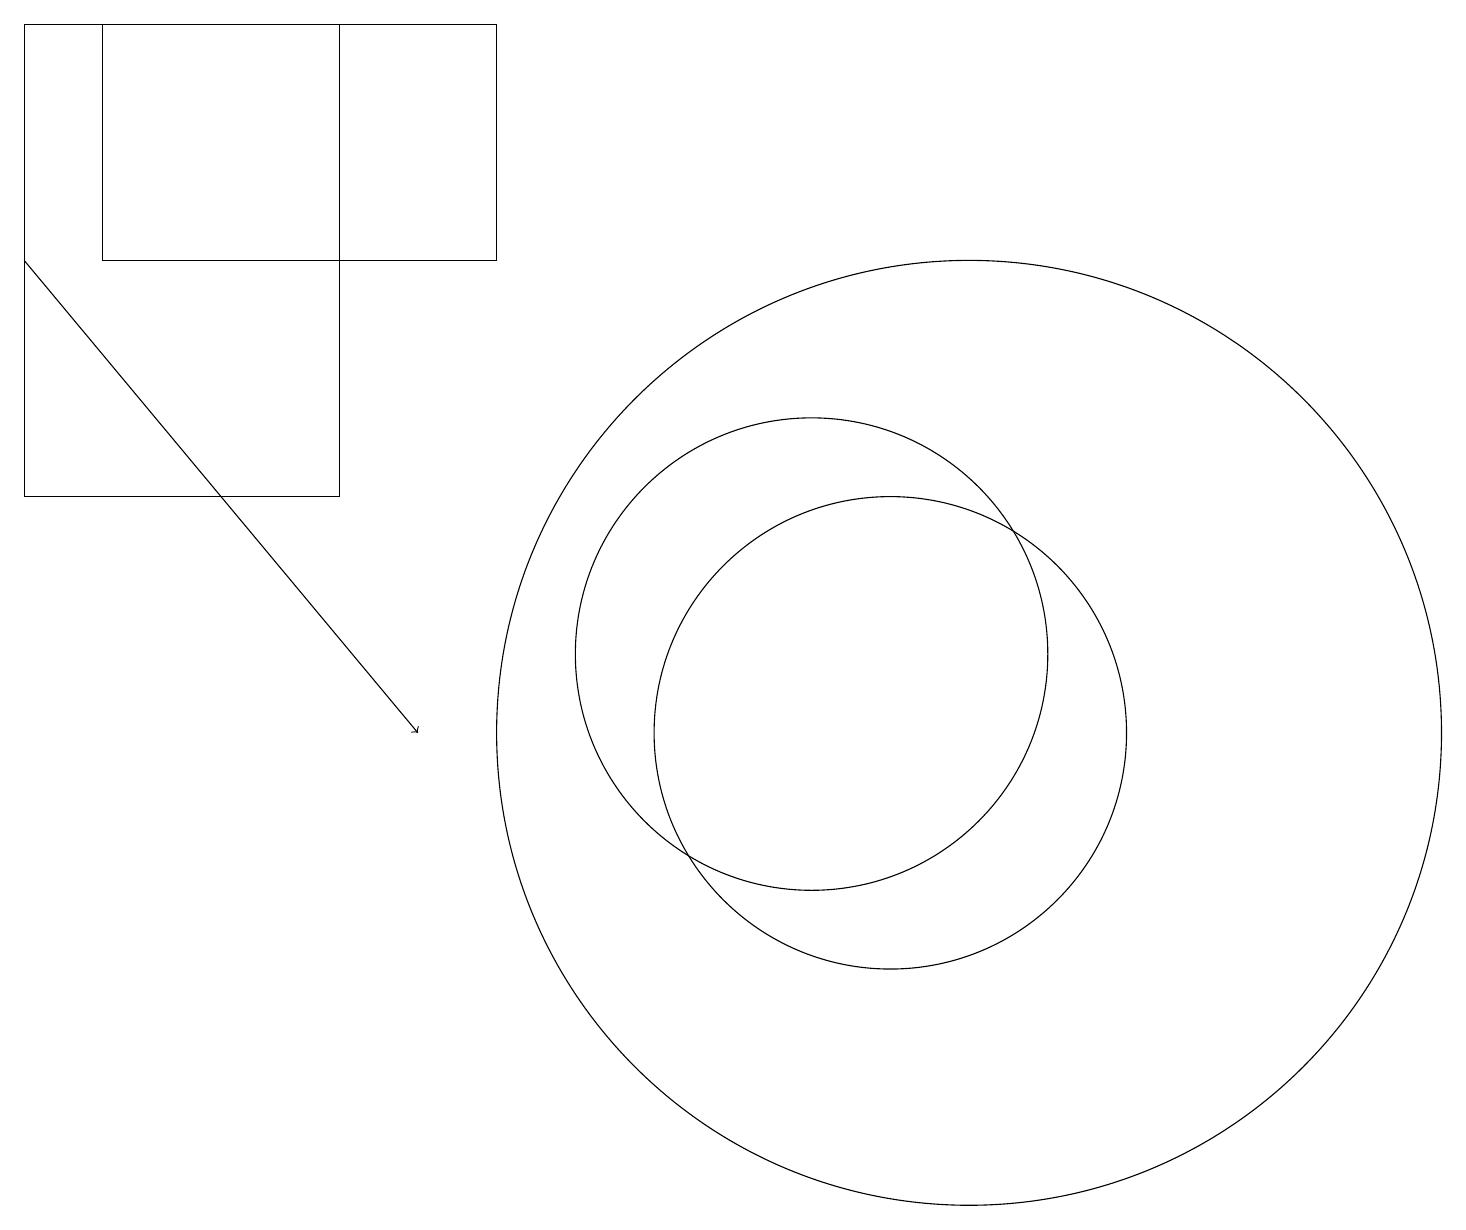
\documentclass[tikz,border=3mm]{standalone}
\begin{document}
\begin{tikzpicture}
\draw (0,13) rectangle (4,19);
\draw (11,10) circle (3);
\draw[->] (0,16) -- (5,10);
\draw (10,11) circle (3);
\draw (12,10) circle (6);
\draw (6,16) rectangle (1,19);
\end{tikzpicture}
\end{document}